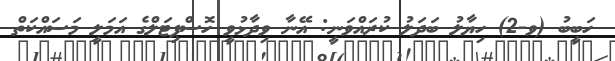
ހަބީބު (ވ-2) ހިޔާލު ބަދަލު ކުރައްވަނީ: އޭނާ ވިދާޅުވީ ހޮސްޕިޓަލްގެ އަމަލީ މަސައްކަތް